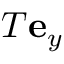
T \mathbf { e } _ { y }